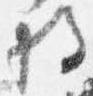
将